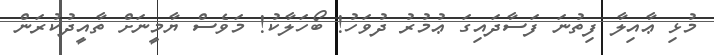
މުޅި ޢާއިލާ ފިތުނަ ފަސާދައިގަ ޢުމުރު ދުވަހު! ބޯހަލާކު! މަވެސް ޔާމީނަށް ތާއީދުކުރަން